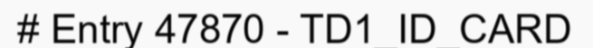
# Entry 47870 - TD1_ID_CARD